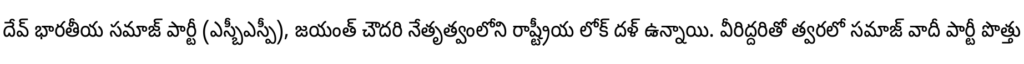
దేవ్ భారతీయ సమాజ్ పార్టీ (ఎస్బీఎస్పీ), జయంత్ చౌదరి నేతృత్వంలోని రాష్ట్రీయ లోక్ దళ్ ఉన్నాయి. వీరిద్దరితో త్వరలో సమాజ్ వాదీ పార్టీ పొత్తు